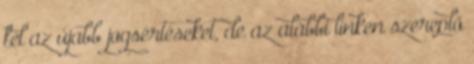
fel az újabb jogsértéseket, de az alábbi linken szereplő